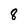
Character: 8